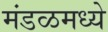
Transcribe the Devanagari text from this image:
मंडळमध्ये